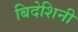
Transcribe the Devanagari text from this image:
बिदेशिनी